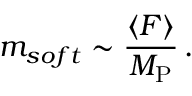
m _ { s o f t } \sim \frac { \langle F \rangle } { M _ { \mathrm { P } } } \, .